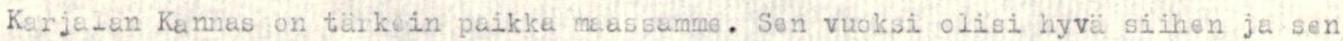
Karjalan Kannas on tärkein paikka maassamme. Sen vuoksi olisi hyvä siihen ja sen